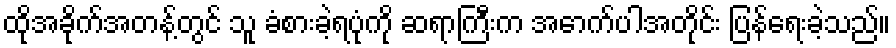
ထိုအခိုက်အတန့်တွင် သူ ခံစားခဲ့ရပုံကို ဆရာကြီးက အောက်ပါအတိုင်း ပြန်ရေးခဲ့သည်။